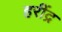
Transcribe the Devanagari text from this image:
हरींद्र